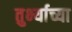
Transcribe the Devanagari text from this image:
तुर्भ्याच्या